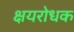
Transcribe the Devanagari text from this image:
क्षयरोधक